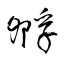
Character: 孵